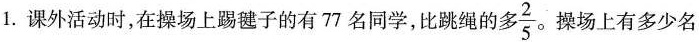
1. 课外活动时，在操场上踢毽子的有77名同学，比跳绳的多\frac{2}{5}。操场上有多少名